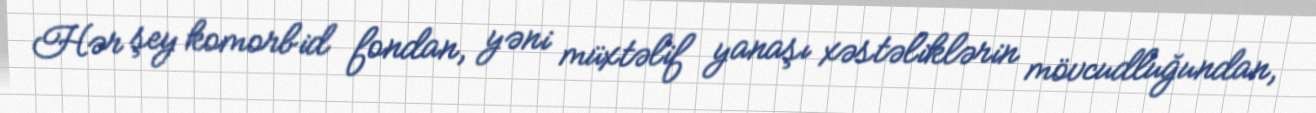
Hər şey komorbid fondan, yəni müxtəlif yanaşı xəstəliklərin mövcudluğundan,